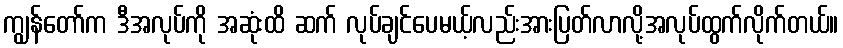
ကျွန်တော်က ဒီအလုပ်ကို အဆုံးထိ ဆက် လုပ်ချင်ပေမယ့်လည်းအားပြတ်လာလို့အလုပ်ထွက်လိုက်တယ်။